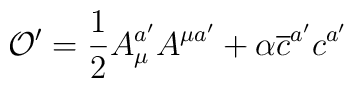
\mathcal{O}^{\prime }=\frac{1}{2}A_{\mu }^{a^{\prime }}A^{\mu a^{\prime}}+\alpha \overline{c}^{a^{\prime }}c^{a^{\prime }}